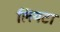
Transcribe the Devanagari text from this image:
लियटा